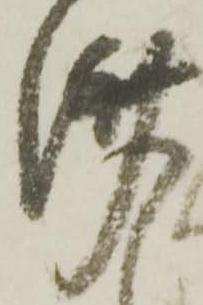
済